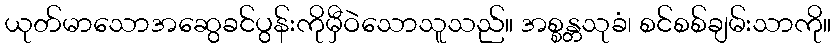
ယုတ်မာသောအဆွေခင်ပွန်းကိုမှီဝဲသောသူသည်။ အစ္စန္တသုခံ၊ စင်စစ်ချမ်းသာကို။